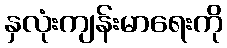
နှလုံးကျန်းမာရေးကို